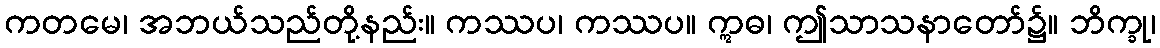
ကတမေ၊ အဘယ်သည်တို့နည်း။ ကဿပ၊ ကဿပ။ ဣဓ၊ ဤသာသနာတော်၌။ ဘိက္ခု၊